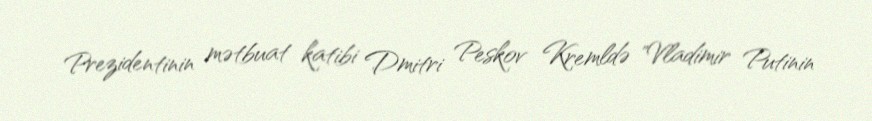
Prezidentinin mətbuat katibi Dmitri Peskov Kremldə "Vladimir Putinin